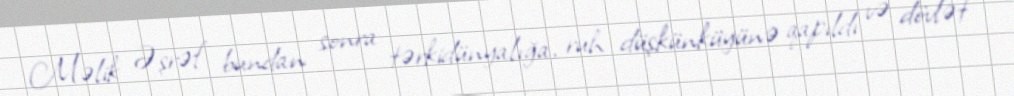
Məlik Əşrəf bundan sonra tərkidünyalığa, ruh düşkünküyünə qapıldı və dövlət